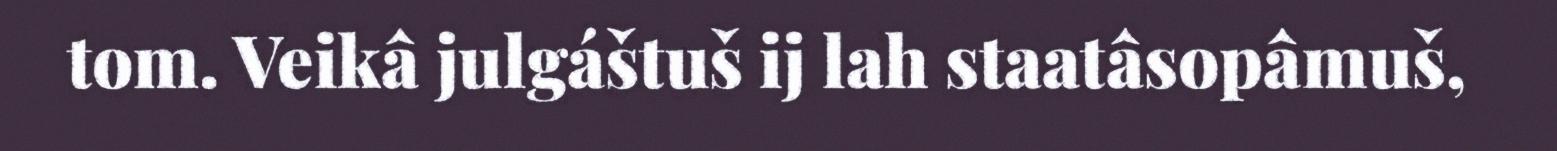
tom. Veikâ julgáštuš ij lah staatâsopâmuš,